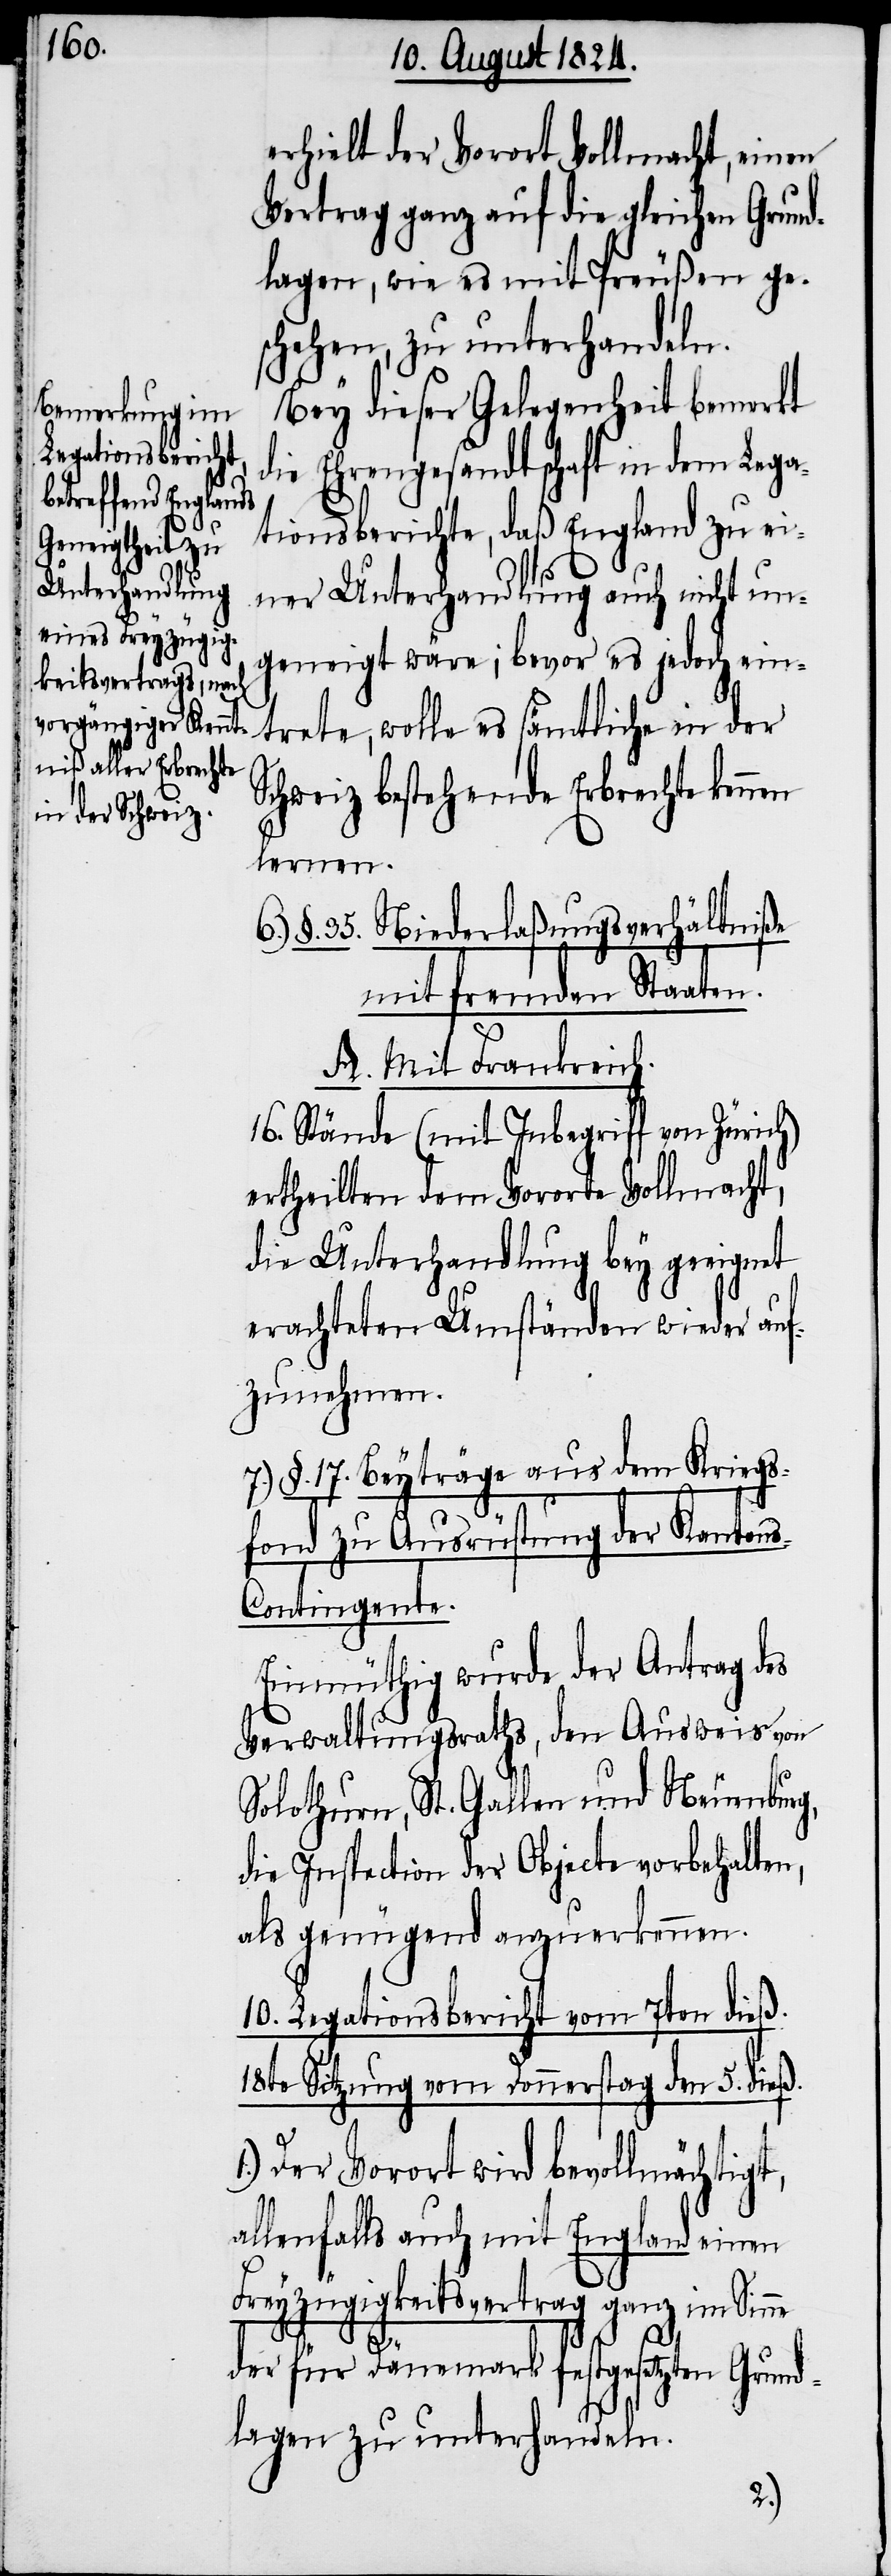
erhielt der Vorort Vollmacht, einen
Vortrag ganz auf die gleichen Grund¬
lagen, wie es mit Preußen ge¬
schehen, zu unterhandeln.
Bey dieser Gelegenheit bemerkt
die Ehrengesandtschaft in dem Lega¬
tionsberichte, daß England zu ei¬
ner Unterhandlung auch nicht un¬
geneigt wäre; bevor es jedoch ein¬
trete, wolle es sämtliche in der
Schweiz bestehende Erbrechte
lernen.
§. 35. Niederlaßungsverhältniße
mit fremden Staaten.
A. Mit Frankreich.
16. Stände (mit Inbegriff von Züric¬
ertheilten dem Vororte Vollmacht,
die Unterhandlung bey geeignet
erachteten Umständen wieder auf¬
zunehmen.
7.) §. 17. Beyträge aus dem Kriegs¬
fond zu Ausrüstung der Kanton¬
s-Contingente.
Einmüthig wurde der Antrag des
Verwaltungsraths, den Ausweis von
Solothurn, St. Gallen und Neuenburg,
die Inspection der Objecte vorbehalten,
als genügend anzuerkennen.
10. Legationsbericht vom 7ten dieß.
18te Sitzung vom Donnerstag den 5. dieß.
Der Vorort wird bevollmächtigt,
allenfalls auch mit England einen
Freyzügigkeitsvertrag ganz im Sinne
1.)
der für Dänemark festgesetzten Grund¬
lagen zu unterhandeln.